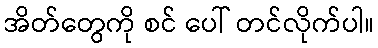
အိတ်တွေကို စင် ပေါ် တင်လိုက်ပါ။